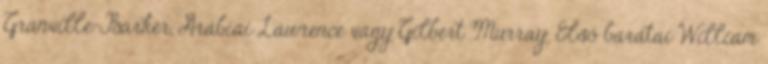
Granville-Barker, Arábiai Lawrence vagy Gilbert Murray. Első barátai William